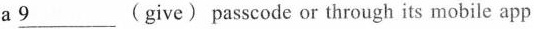
a \underline{9} ( give) passcode or through its mobile app